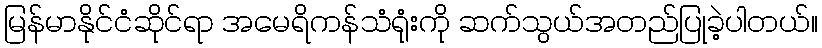
မြန်မာနိုင်ငံဆိုင်ရာ အမေရိကန်သံရုံးကို ဆက်သွယ်အတည်ပြုခဲ့ပါတယ်။